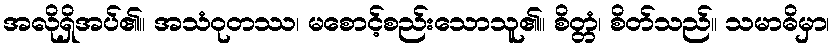
အလိုရှိအပ်၏။ အသံဝုတဿ၊ မစောင့်စည်းသောသူ၏။ စိတ္တံ၊ စိတ်သည်။ သမာဓိမှာ၊